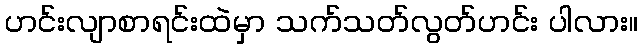
ဟင်းလျာစာရင်းထဲမှာ သက်သတ်လွတ်ဟင်း ပါလား။